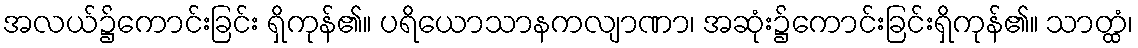
အလယ်၌ကောင်းခြင်း ရှိကုန်၏။ ပရိယောသာနကလျာဏာ၊ အဆုံး၌ကောင်းခြင်းရှိကုန်၏။ သာတ္ထံ၊